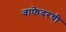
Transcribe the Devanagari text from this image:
वाफेवरची